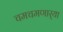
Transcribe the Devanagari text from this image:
चमचमणार्‍या